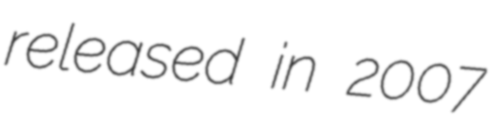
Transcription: released in 2007